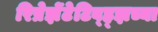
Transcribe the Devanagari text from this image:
रिप्रेझेंटेटिव्ह्झच्या